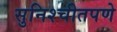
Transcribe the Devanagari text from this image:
सुनिश्चीतपणे